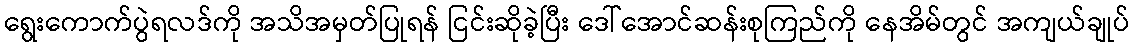
ရွေးကောက်ပွဲရလဒ်ကို အသိအမှတ်ပြုရန် ငြင်းဆိုခဲ့ပြီး ဒေါ်အောင်ဆန်းစုကြည်ကို နေအိမ်တွင် အကျယ်ချုပ်